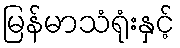
မြန်မာသံရုံးနှင့်